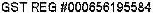
GST REG #000656195584